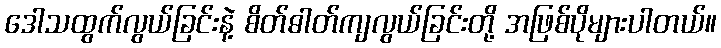
ဒေါသထွက်လွယ်ခြင်းနဲ့ စိတ်ဓါတ်ကျလွယ်ခြင်းတို့ အဖြစ်ပိုများပါတယ်။